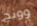
وونج